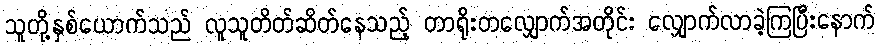
သူတို့နှစ်ယောက်သည် လူသူတိတ်ဆိတ်နေသည့် တာရိုးတလျှောက်အတိုင်း လျှောက်လာခဲ့ကြပြီးနောက်